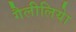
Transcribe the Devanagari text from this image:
गैलीलियेा